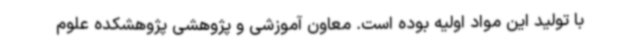
با تولید این مواد اولیه بوده است. معاون آموزشی و پژوهشی پژوهشکده علوم